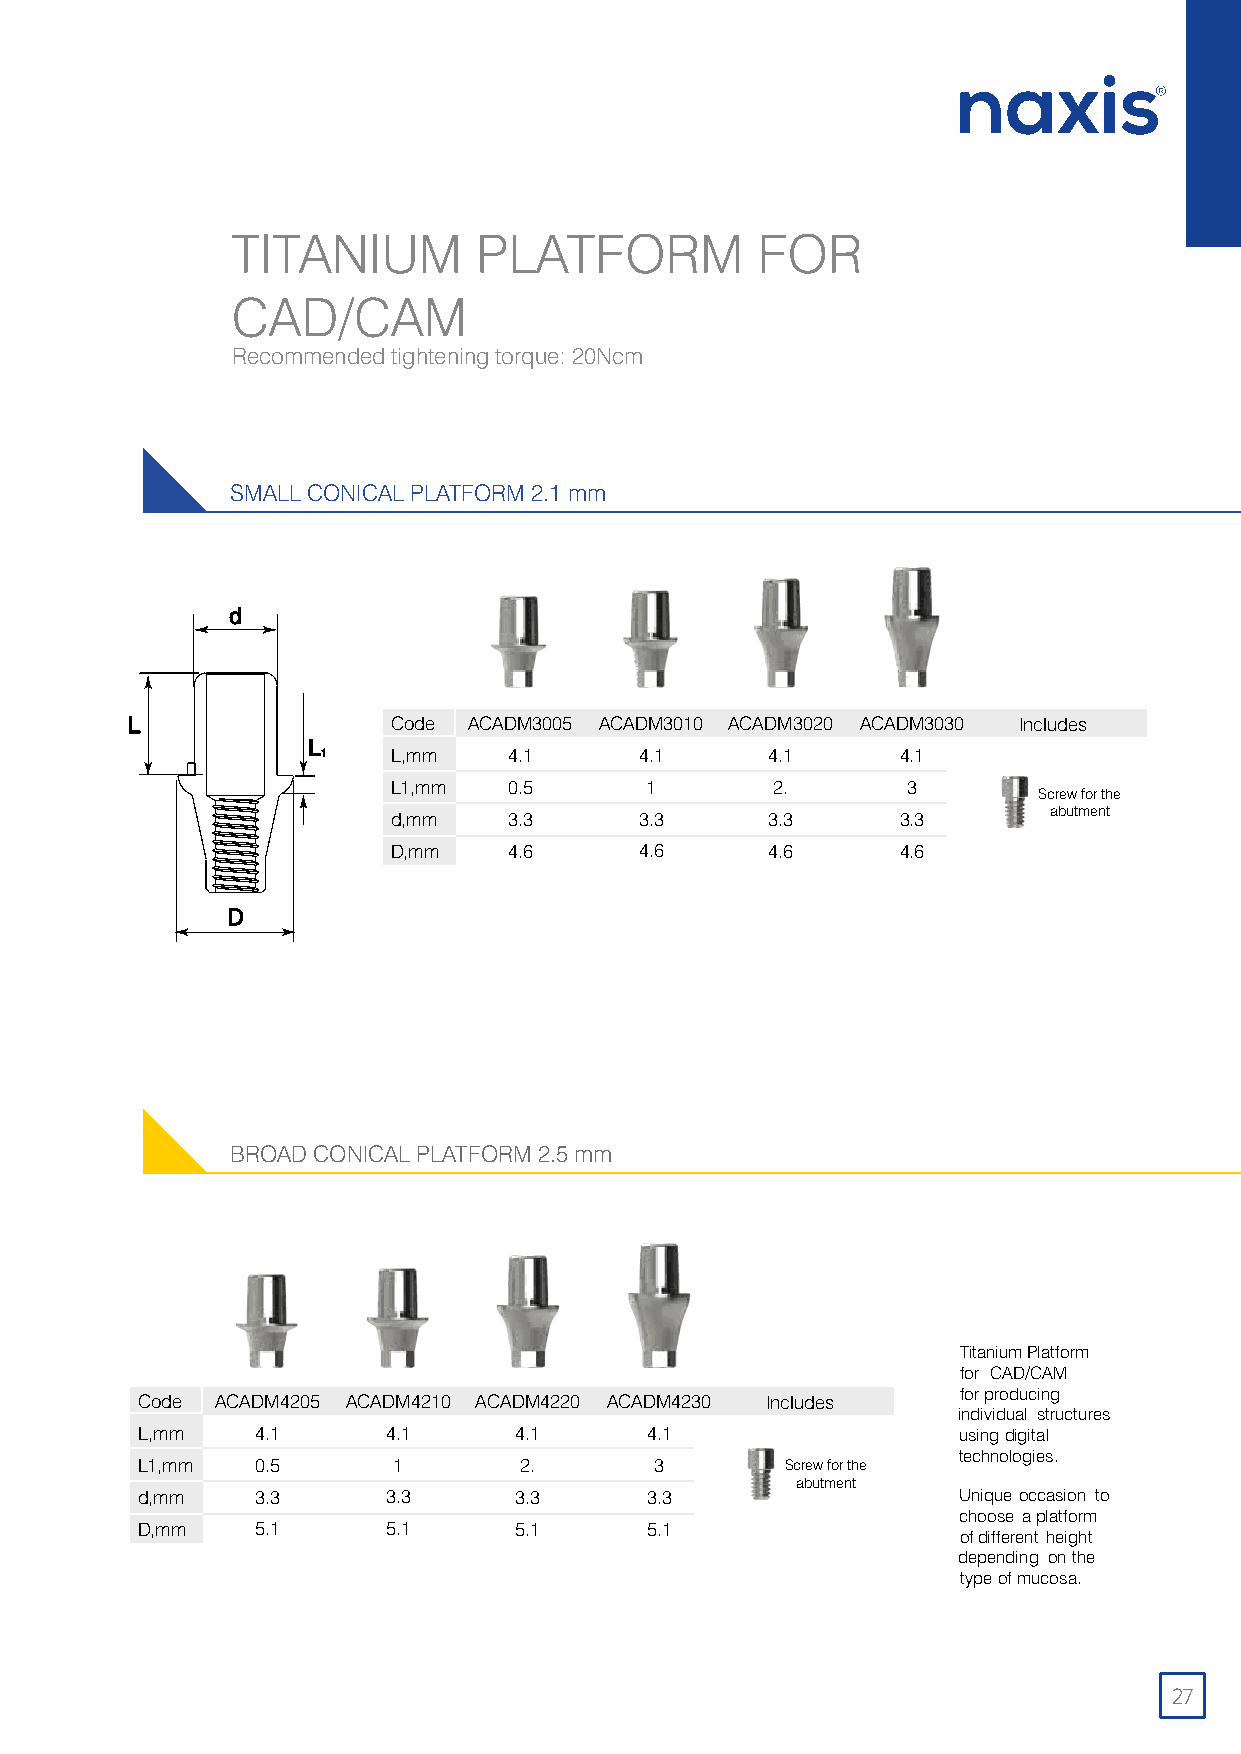
TITANIUM         PLATFORM          FOR
 CAD/CAM
 Recommended tightening torque: 20Ncm
 SMALL CONICAL PLATFORM 2.1 mm
 Code ACADM3005 ACADM3010 ACADM3020 ACADM3030 Includes
 L,mm    4.1     4.1      4.1      4.1
 L1,mm   0.5      1       2.       3        Screw for the
 abutment
 d,mm    3.3     3.3      3.3      3.3
 D,mm    4.6     4.6      4.6      4.6
 BROAD CONICAL PLATFORM 2.5 mm
 Titanium Platform
 for CAD/CAM
 forproducing
 Code ACADM4205 ACADM4210 ACADM4220 ACADM4230 Includes
 individual structures
 L,mm    4.1      4.1     4.1      4.1                 usingdigital
 technologies.
 L1,mm   0.5      1       2.       3        Screw for the
 abutment
 d,mm    3.3      3.3     3.3      3.3                 Unique occasion to
 choose aplatform
 D,mm    5.1      5.1     5.1      5.1
 ofdifferent height
 depending onthe
 typeofmucosa.
 27